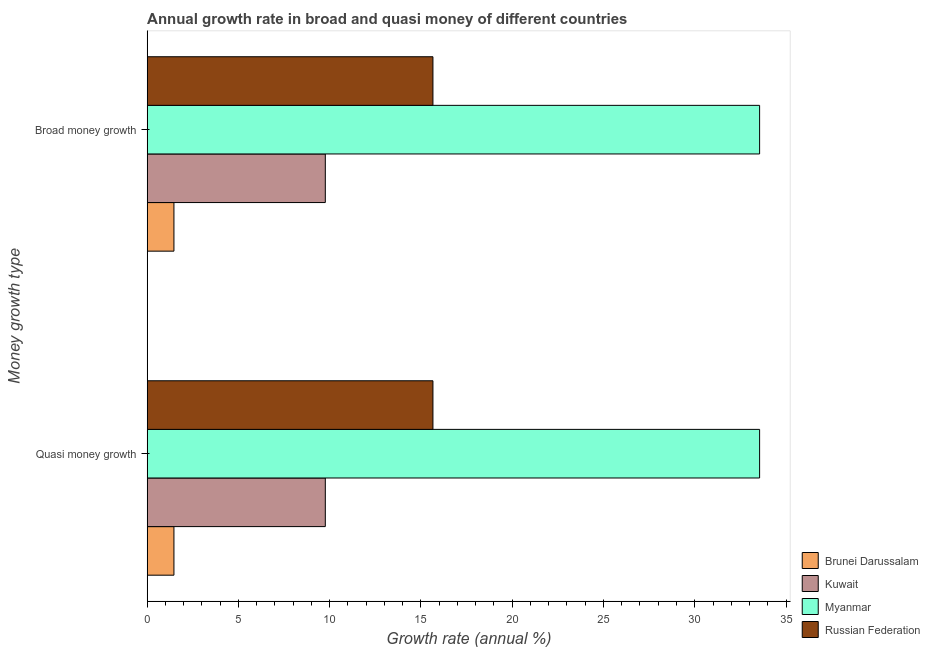
| Money growth type | Brunei Darussalam | Kuwait | Myanmar | Russian Federation |
 | --- | --- | --- | --- | --- |
 | Quasi money growth | 1.47 | 9.76 | 33.6 | 15.7 |
 | Broad money growth | 1.47 | 9.76 | 33.6 | 15.7 |